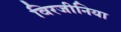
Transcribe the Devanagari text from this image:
विरजीनिया